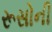
રૂસોની